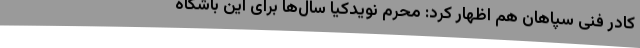
کادر فنی سپاهان هم اظهار کرد: محرم نویدکیا سال‌ها برای این باشگاه